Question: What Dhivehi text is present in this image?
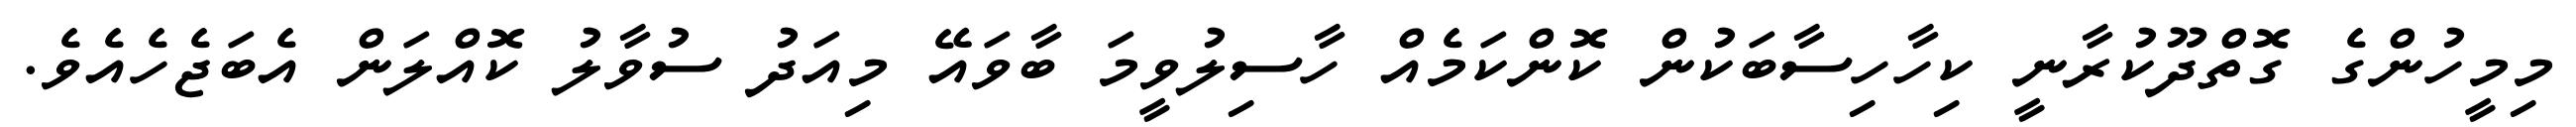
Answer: މިމީހުންގެ ގޮތްދޫކުރާނީ ކިހާހިސާބަކުން ކޮންކަމެއް ހާސިލުވީމަ ބާވައޭ މިއަދު ސުވާލު ކޮއްލަން އެބަޖެހެއެވެ.